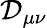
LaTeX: \cal{D}_{\mu\nu}